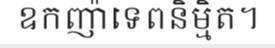
ឧកញ៉ាទេពនិម្មិត។